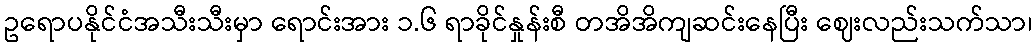
ဥရောပနိုင်ငံအသီးသီးမှာ ရောင်းအား ၁.၆ ရာခိုင်နှုန်းစီ တအိအိကျဆင်းနေပြီး ဈေးလည်းသက်သာ၊